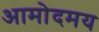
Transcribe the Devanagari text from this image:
आमोदमय